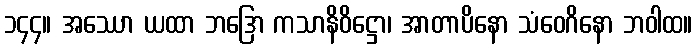
၁၄၄။ အဿော ယထာ ဘဒြော ကသာနိဝိဋ္ဌော၊ အာတာပိနော သံဝေဂိနော ဘဝါထ။